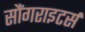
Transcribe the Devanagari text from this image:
सौंगराइटर्स